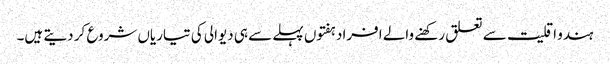
ہندو اقلیت سے تعلق رکھنے والے افراد ہفتوں پہلے سے ہی دیوالی کی تیاریاں شروع کر دیتے ہیں۔